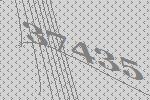
37435